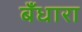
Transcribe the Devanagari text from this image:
बँधारा